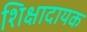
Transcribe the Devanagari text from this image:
शिक्षादायक